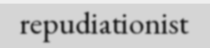
repudiationist